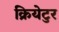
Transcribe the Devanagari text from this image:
क्रियेटुर